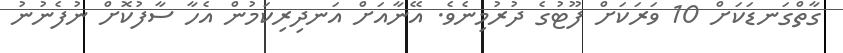
ގާތްގަނޑަކަށް 10 ވަރަކަށް ފޫޓުގެ ދުރުމިނެވެ. އޭނާއަށް އަނދިރިކަމުން އެހާ ސާފުކޮށް ނުފެނުނު